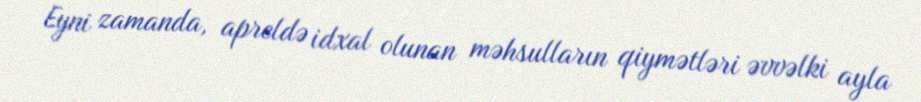
Eyni zamanda, apreldə idxal olunan məhsulların qiymətləri əvvəlki ayla